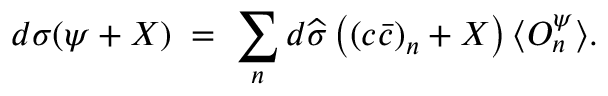
d \sigma ( \psi + X ) \; = \; \sum _ { n } d \widehat { \sigma } \left( ( c \bar { c } ) _ { n } + X \right) \langle { \cal O } _ { n } ^ { \psi } \rangle .